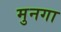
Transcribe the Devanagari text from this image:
मुनगा